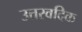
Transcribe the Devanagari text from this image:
उत्तरवदिक